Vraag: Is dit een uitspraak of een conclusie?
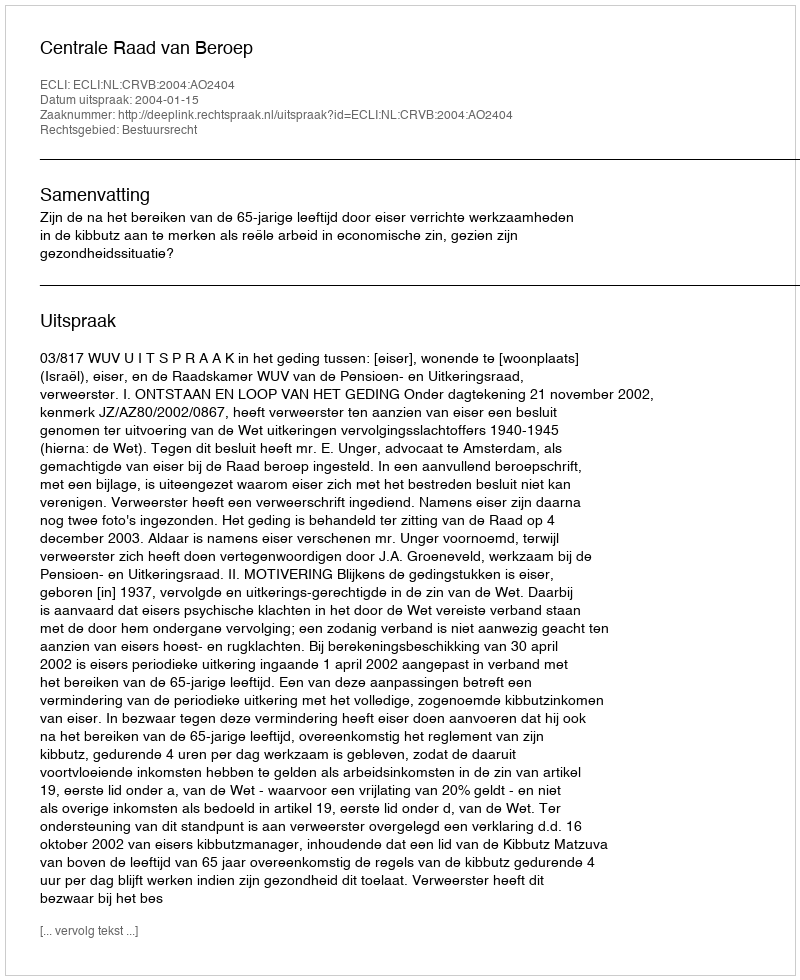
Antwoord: Uitspraak